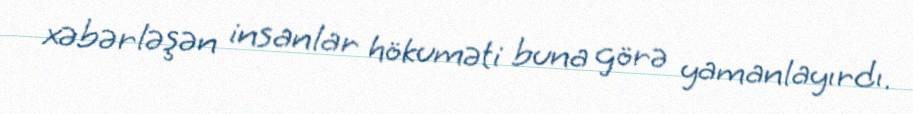
xəbərləşən insanlar hökuməti buna görə yamanlayırdı.